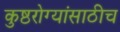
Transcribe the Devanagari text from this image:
कुष्ठरोग्यांसाठीच